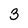
Character: 3